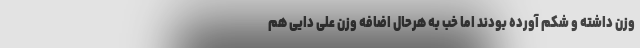
وزن داشته و شکم آورده بودند اما خب به هرحال اضافه وزن علی دایی هم